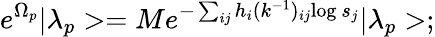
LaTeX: e^{\Omega_{p}}|\lambda_{p}>=Me^{-\sum_{ij}h_{i}(k^{-1})_{ij}\mathrm{log~}s_{j}}|\lambda_{p}>;